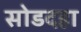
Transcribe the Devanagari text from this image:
सोडदहा